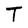
Character: T